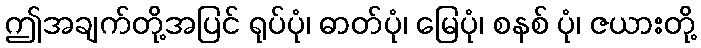
ဤအချက်တို့အပြင် ရုပ်ပုံ၊ ဓာတ်ပုံ၊ မြေပုံ၊ စနစ် ပုံ၊ ဇယားတို့